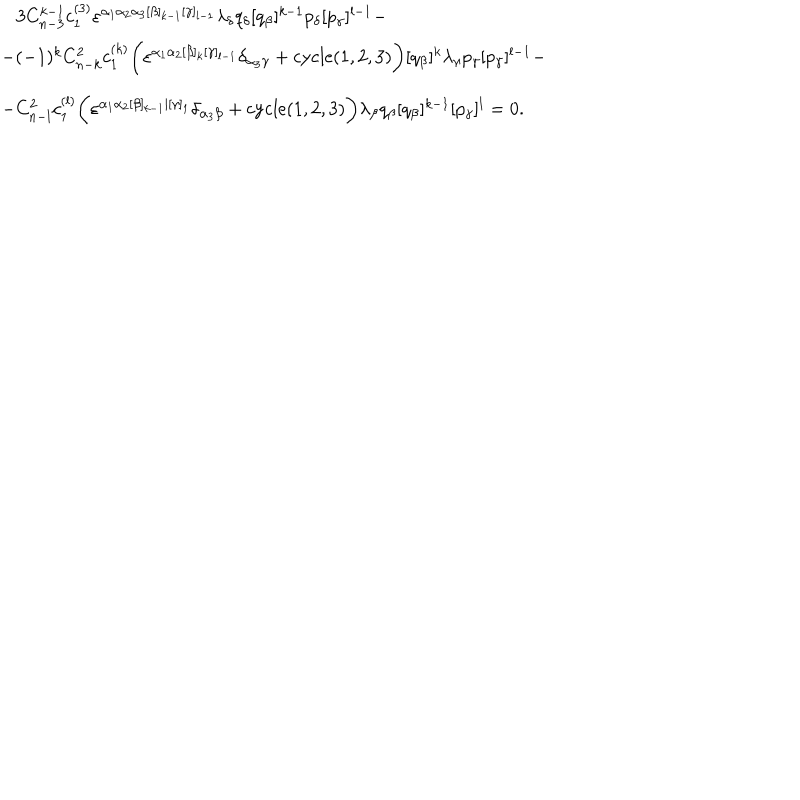
\begin{array} { l } { { \, \, \, \, \, 3 C _ { n - 3 } ^ { k - 1 } c _ { 1 } ^ { ( 3 ) } \varepsilon ^ { \alpha _ { 1 } \alpha _ { 2 } \alpha _ { 3 } [ \beta ] _ { k - 1 } [ \gamma ] _ { l - 1 } } \lambda _ { \delta } q _ { \delta } [ q _ { \beta } ] ^ { k - 1 } p _ { \delta } [ p _ { \gamma } ] ^ { l - 1 } - } } \\ { { - ( - 1 ) ^ { k } C _ { n - k } ^ { 2 } c _ { 1 } ^ { ( k ) } \biggl ( \varepsilon ^ { \alpha _ { 1 } \alpha _ { 2 } [ \beta ] _ { k } [ \gamma ] _ { l - 1 } } \delta _ { \alpha _ { 3 } \gamma } + \mathrm { c y c l e } ( 1 , 2 , 3 ) \biggr ) [ q _ { \beta } ] ^ { k } \lambda _ { \gamma } p _ { \gamma } [ p _ { \gamma } ] ^ { l - 1 } - } } \\ { { - C _ { n - l } ^ { 2 } c _ { 1 } ^ { ( l ) } \biggl ( \varepsilon ^ { \alpha _ { 1 } \alpha _ { 2 } [ \beta ] _ { k - 1 } | [ \gamma ] _ { 1 } } \delta _ { \alpha _ { 3 } \beta } + \mathrm { c y c l e } ( 1 , 2 , 3 ) \biggr ) \lambda _ { \beta } q _ { \beta } [ q _ { \beta } ] ^ { k - 1 } [ p _ { \gamma } ] ^ { l } = 0 . } } \\ \end{array}